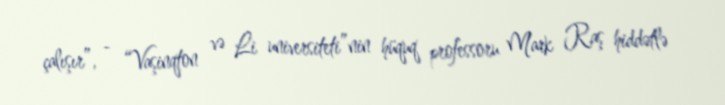
çalışır”, - “Vaşinqton və Li universiteti”nin hüquq professoru Mark Raş hiddətlə